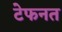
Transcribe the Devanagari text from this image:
टेफनत